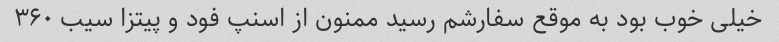
خیلی خوب بود به موقع سفارشم رسید ممنون از اسنپ فود و پیتزا سیب ۳۶۰